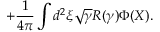
+ \frac { 1 } { 4 \pi } \int d ^ { 2 } \xi \sqrt { \gamma } R ( \gamma ) \Phi ( X ) .